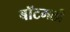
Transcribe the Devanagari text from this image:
बॉटमली